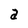
Character: a